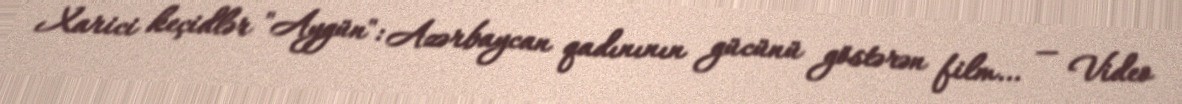
Xarici keçidlər "Aygün": Azərbaycan qadınının gücünü göstərən film… — Video